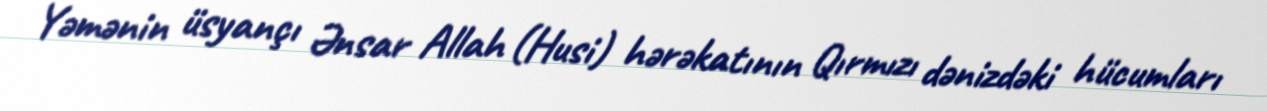
Yəmənin üsyançı Ənsar Allah (Husi) hərəkatının Qırmızı dənizdəki hücumları